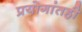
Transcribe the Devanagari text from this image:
प्रयोगांतही